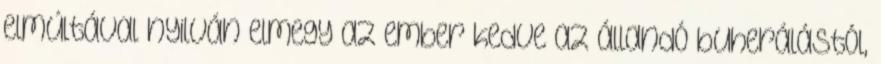
elmúltával nyilván elmegy az ember kedve az állandó buherálástól,